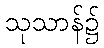
သုသာန်၌